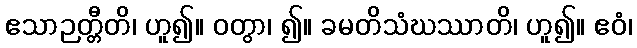
ဧသာဉတ္တီတိ၊ ဟူ၍။ ဝတွာ၊ ၍။ ခမတိသံဃဿာတိ၊ ဟူ၍။ ဧဝံ၊